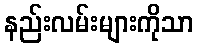
နည်းလမ်းများကိုသာ